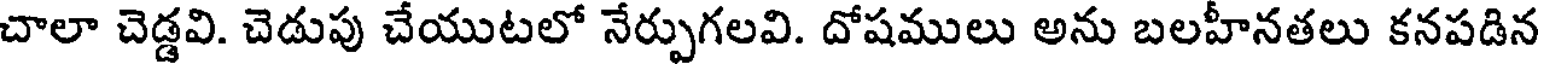
చాలా చెడ్డవి. చెడుపు చేయుటలో నేర్పుగలవి. దోషములు అను బలహీనతలు కనపడిన